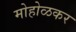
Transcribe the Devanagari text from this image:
मोहोळकर